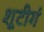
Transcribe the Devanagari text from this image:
शूटीगं